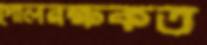
গোলরক্ষকত